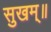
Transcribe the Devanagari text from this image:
सुखम्॥